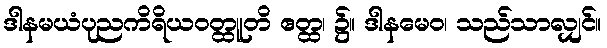
ဒါနမယံပုညကိရိယဝတ္ထူတိ ဧတ္ထ၊ ၌။ ဒါနမေဝ၊ သည်သာလျှင်။